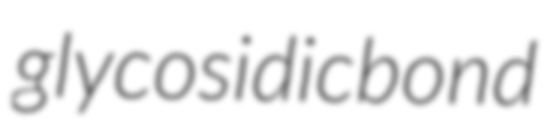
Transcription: glycosidic bond